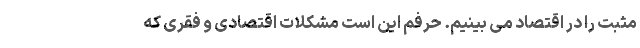
مثبت را در اقتصاد می بینیم. حرفم این است مشکلات اقتصادی و فقری که